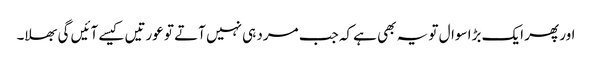
اور پھر ایک بڑا سوال تو یہ بھی ہے کہ جب مرد ہی نہیں آتے تو عورتیں کیسے آئیں گی بھلا۔